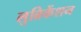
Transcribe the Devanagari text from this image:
लुब्रिकेंशन